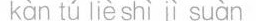
kàn tú liè shì jì suàn